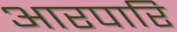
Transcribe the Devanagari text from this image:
आरपारि